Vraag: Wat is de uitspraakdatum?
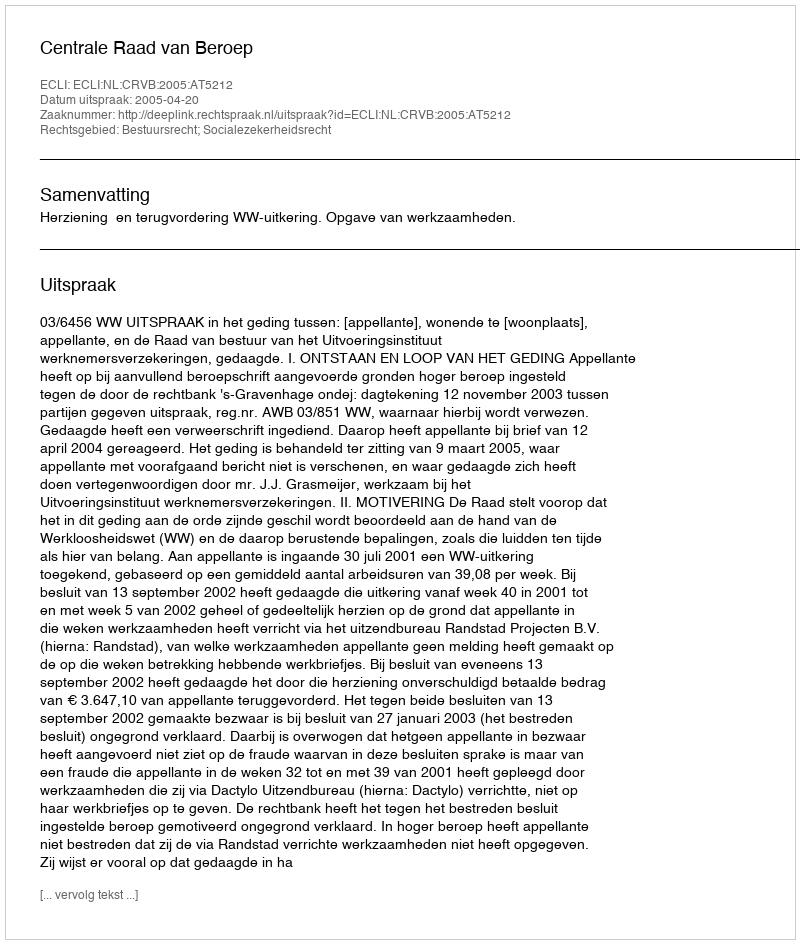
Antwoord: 2005-04-20